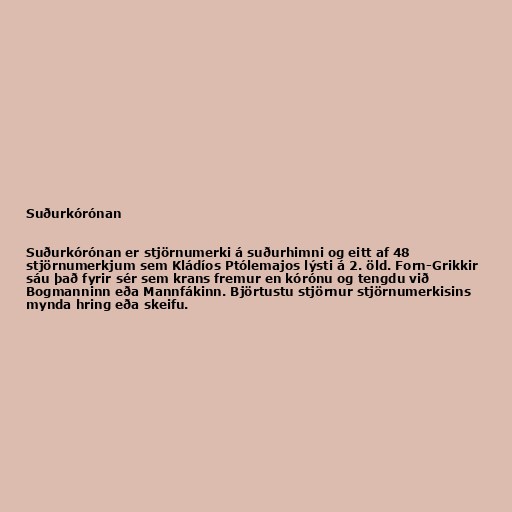
Suðurkórónan

Suðurkórónan er stjörnumerki á suðurhimni og eitt af 48
stjörnumerkjum sem Kládíos Ptólemajos lýsti á 2. öld. Forn-Grikkir
sáu það fyrir sér sem krans fremur en kórónu og tengdu við
Bogmanninn eða Mannfákinn. Björtustu stjörnur stjörnumerkisins
mynda hring eða skeifu.